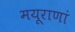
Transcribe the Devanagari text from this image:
मयूराणां